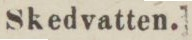
Skedvatten.